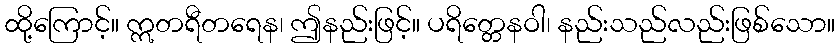
ထို့ကြောင့်။ ဣတရီတရေန၊ ဤနည်းဖြင့်။ ပရိတ္တေနဝါ၊ နည်းသည်လည်းဖြစ်သော။